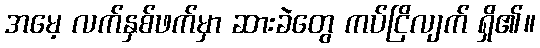
အမေ့ လက်နှစ်ဖက်မှာ ဆားခဲတွေ ကပ်ငြိလျက် ရှိ၏။